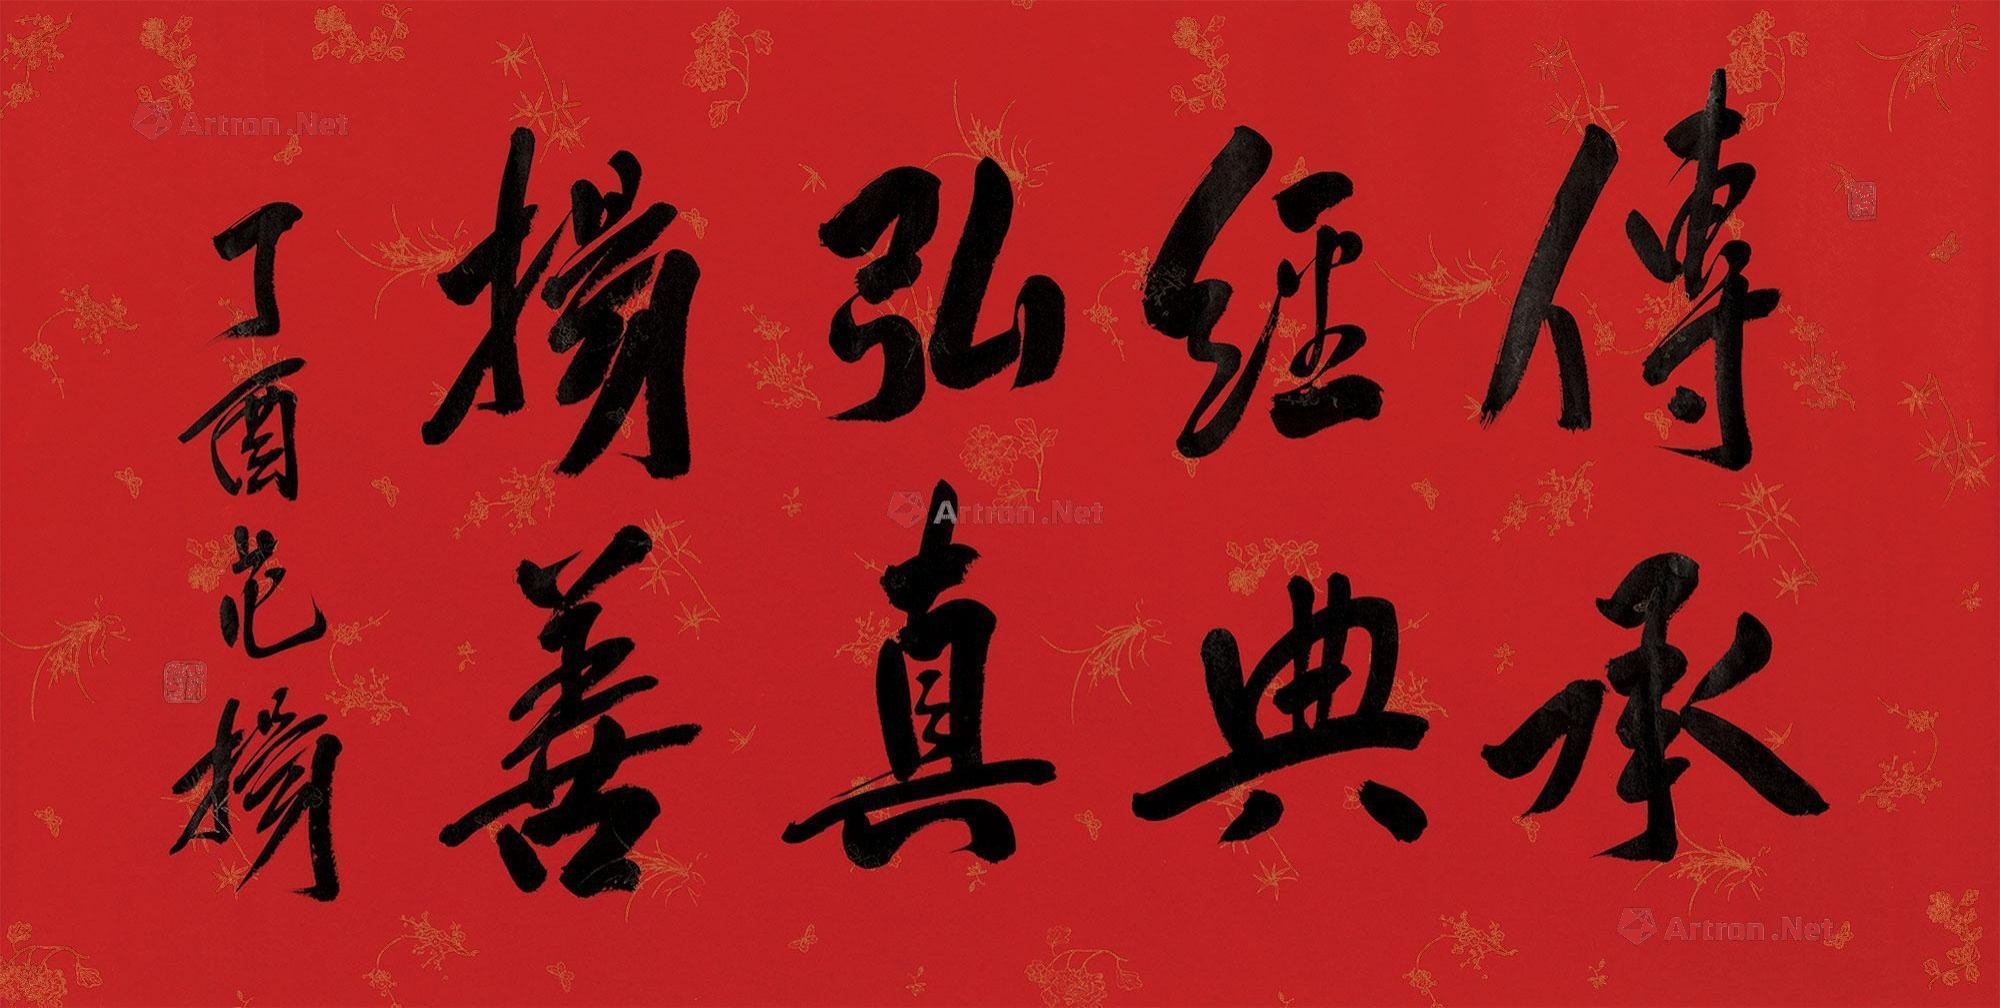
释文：传承经典，弘真扬善。丁酉，范扬。